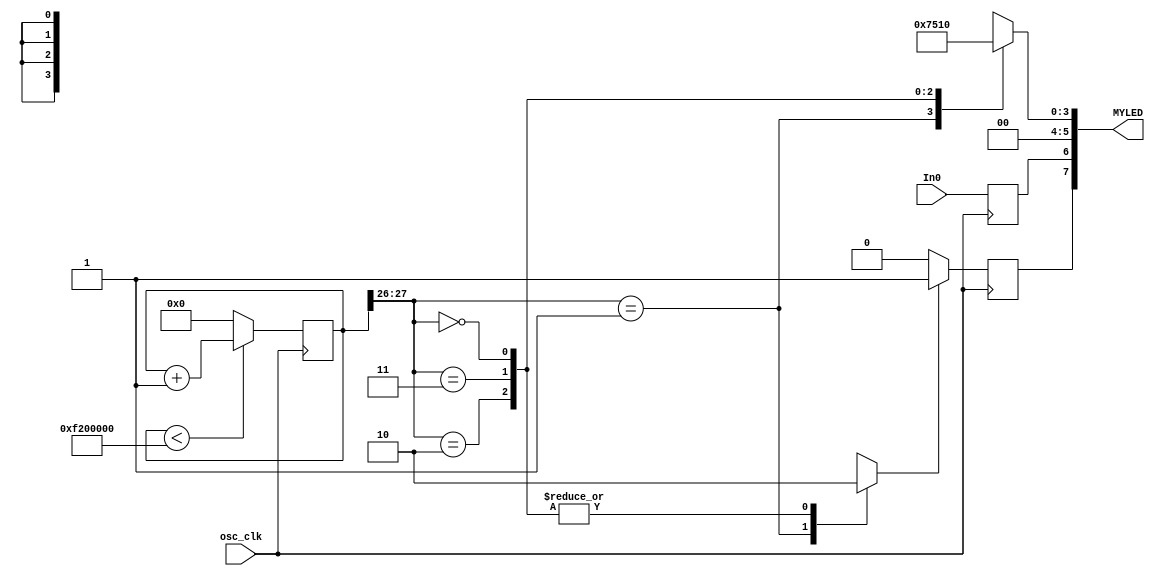
// blinking _led.v


//////////////////////// LED Blinker Using On-Chip Osc /////////////////////////////
//***********************************************************************
// FPGA: MachXO2 7000HE
// IDE: Diamond 2.0.1 
//
// HDL IS PROVIDED "AS IS." DIGI-KEY EXPRESSLY DISCLAIMS ANY
// WARRANTY OF ANY KIND, WHETHER EXPRESS OR IMPLIED, INCLUDING BUT NOT
// LIMITED TO, THE IMPLIED WARRANTIES OF MERCHANTABILITY, FITNESS FOR A
// PARTICULAR PURPOSE, OR NON-INFRINGEMENT. IN NO EVENT SHALL DIGI-KEY
// BE LIABLE FOR ANY INCIDENTAL, SPECIAL, INDIRECT OR CONSEQUENTIAL
// DAMAGES, LOST PROFITS OR LOST DATA, HARM TO YOUR EQUIPMENT, COST OF
// PROCUREMENT OF SUBSTITUTE GOODS, TECHNOLOGY OR SERVICES, ANY CLAIMS
// BY THIRD PARTIES (INCLUDING BUT NOT LIMITED TO ANY DEFENSE THEREOF),
// ANY CLAIMS FOR INDEMNITY OR CONTRIBUTION, OR OTHER SIMILAR COSTS.
// DIGI-KEY ALSO DISCLAIMS ANY LIABILITY FOR PATENT OR COPYRIGHT
// INFRINGEMENT.
//
// Version History
// Version 1.0 04/5/2013 Tony Storey
// Initial Public Release
// Small Footprint Button Debouncer


////	The default frequency is 2.08MHz.  Supported frequencies (in MHz) include:
////	2.08        4.16         8.31          15.65
////	2.15        4.29         8.58          16.63
////	2.22        4.43         8.87          17.73
////	2.29        4.59         9.17          19.00
////	2.38        4.75         9.50          20.46
////	2.46        4.93         9.85          22.17
////	2.56        5.12        10.23         24.18
////	2.66        5.32        10.64         26.60
////	2.77        5.54        11.08         29.56
////	2.89        5.78        11.57         33.25
////	3.02        6.05        12.09         38.00
////	3.17        6.33        12.67         44.33
////	3.33        6.65        13.30         53.20
////	3.50        7.00        14.00         66.50
////	3.69        7.39        14.78         88.67
////	3.91        7.82        15.65       133.00


module blinking_led 
	(
	output reg [7:0] MYLED,
	input wire In0,
	input wire osc_clk
	);
//// ---------------- internal constants --------------
	parameter 		N= 28;	// sets counter size
////---------------- internal variables ---------------
	reg [N-1 : 0] 	count;
	reg Bit0;

	
//// ------------------------------------------------------

/*//// Internal Oscillator
	defparam OSCH_inst.NOM_FREQ = "133.00";
	OSCH OSCH_inst
		( 
		.STDBY(1'b0), 		// 0=Enabled, 1=Disabled also Disabled with Bandgap=OFF
		.OSC(osc_clk),
		.SEDSTDBY()     		// this signal is not required if not using SED
		);
*/

//// counter with no flag control
	always @ (posedge osc_clk)
		
		begin
			if(count < {8'h 79, {N-7{1'h 0}}})
				begin
						count <= count + 1'b1;
				end
			else
				begin
					count <= {N {1'h0} };
				end
		end
		

////4-8 data encoder ROM
	always @ ( count[N-1:N-2] )
		begin
			case( count[N-1:N-2])
				2'b 01	:	
				begin
						MYLED[3:0] <= ~4'b 1000;
						Bit0 <=1'b1;
				end
				2'b 10	:
				begin	
				        MYLED[3:0] <= ~4'b 1010;
						Bit0 <=1'b0;
				end
				2'b 11	:	
				begin
						MYLED[3:0] <= ~4'b 1110;
						Bit0 <=1'b0;
				end
				2'b 00	:
				begin
						MYLED[3:0] <= ~4'b 1111;
						Bit0 <=1'b0;
				end
							
				default 	:
				begin
						MYLED[3:0] <= ~4'b 0000;
						Bit0 <=1'b0;
				end
			endcase
			MYLED[4] <= 1'b 0;
			MYLED[5] <= 1'b 0;
		end

	always @ (posedge osc_clk)
		begin
			if(Bit0 ==1'b1)
				begin
						MYLED[7] <= 1'b1;
				end
			else
				begin
					MYLED[7] <= 1'b0;
				end
		end


	always @ (posedge osc_clk)
		begin
					MYLED[6] <= In0;
		end
		
endmodule